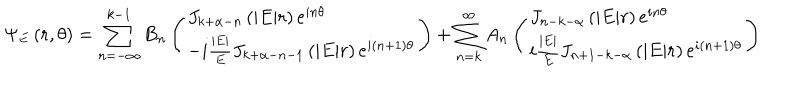
LaTeX: \Psi _ { E } \left( r , \theta \right) = \sum _ { n = - \infty } ^ { k - 1 } B _ { n } \left( \begin{array} { l } { { J _ { k + \alpha - n } \left( | E | r \right) e ^ { i n \theta } } } \\ { { - i \frac { | E | } { E } J _ { k + \alpha - n - 1 } \left( | E | r \right) e ^ { i \left( n + 1 \right) \theta } } } \\ \end{array} \right) + \sum _ { n = k } ^ { \infty } A _ { n } \left( \begin{array} { l } { { J _ { n - k - \alpha } \left( | E | r \right) e ^ { i n \theta } } } \\ { { i \frac { | E | } { E } J _ { n + 1 - k - \alpha } \left( | E | r \right) e ^ { i \left( n + 1 \right) \theta } } } \\ \end{array} \right)